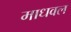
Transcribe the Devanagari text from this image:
माधवल